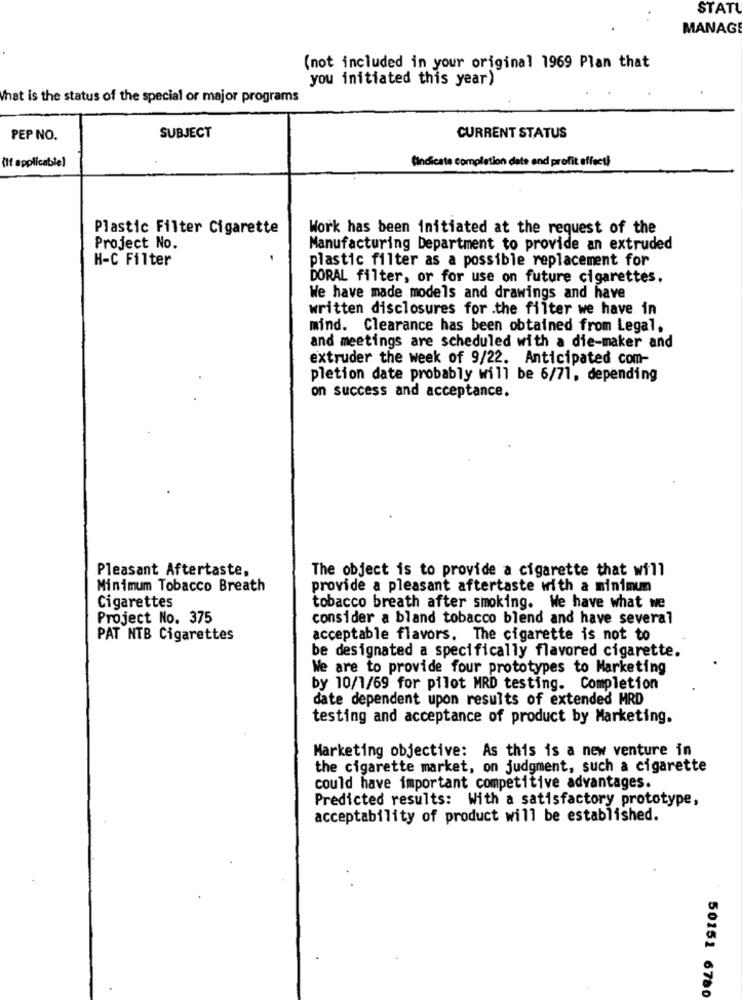
STATU
MANAGE
(not included in your original 1969 Plan that
you initiated this year)
that is the status of the special or major programs
PEP NO.
SUBJECT
CURRENT STATUS
(If applicable)
Cindicate completion date and profit affect!
Plastic Filter Cigarette
Work has been initiated at the request of the
Project No.
Manufacturing Department to provide an extruded
H-C Filter
plastic filter as a possible replacement for
DORAL filter, or for use on future cigarettes,
We have made models and drawings and have
written disclosures for .the filter we have in
mind. Clearance has been obtained from Legal,
and meetings are scheduled with a die-maker and
extruder the week of 9/22. Anticipated com-
pletion date probably will be 6/71, depending
on success and acceptance.
Pleasant Aftertaste,
The object is to provide a cigarette that will
Minimum Tobacco Breath
provide a pleasant aftertaste with a minimum
Cigarettes
tobacco breath after smoking. We have what we
Project No. 375
consider a bland tobacco blend and have several
PAT NTB Cigarettes
acceptable flavors. The cigarette is not to
be designated a specifically flavored cigarette.
We are to provide four prototypes to Marketing
by 10/1/69 for pilot MRD testing. Completion
date dependent upon results of extended MRD
testing and acceptance of product by Marketing.
Marketing objective: As this is a new venture in
the cigarette market, on judgment, such a cigarette
could have important competitive advantages.
Predicted results: With a satisfactory prototype,
acceptability of product will be established.
50151 6780